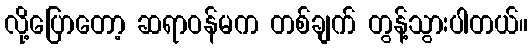
လို့ပြောတော့ ဆရာဝန်မက တစ်ချက် တွန့်သွားပါတယ်။